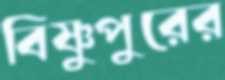
বিষ্ণুপুরের